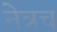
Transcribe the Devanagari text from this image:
नेत्रच